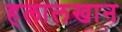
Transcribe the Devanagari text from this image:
हलालखान